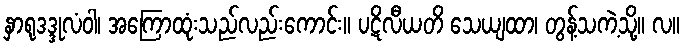
နှာရုဒဒ္ဒုလံဝါ၊ အကြောထုံးသည်လည်းကောင်း။ ပဋိလီယတိ သေယျထာ၊ တွန့်သကဲ့သို့။ လ။